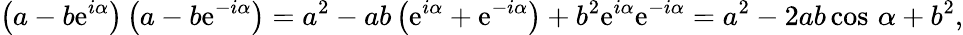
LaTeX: \left(a-b\mathrm{e}^{i\alpha}\right)\left(a-b\mathrm{e}^{-i\alpha}\right)=a^{2}-ab\left(\mathrm{e}^{i\alpha}+\mathrm{e}^{-i\alpha}\right)+b^{2}\mathrm{e}^{i\alpha}\mathrm{e}^{-i\alpha}=a^{2}-2ab\cos\, \alpha+b^{2},